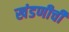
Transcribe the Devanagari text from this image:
खंडणीची